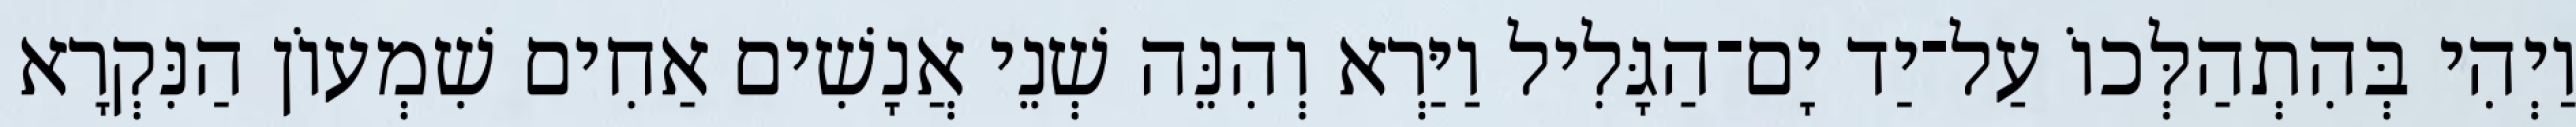
וַיְהִי בְּהִתְהַלְּכוֹ עַל־יַד יָם־הַגָּלִיל וַיַּרְא וְהִנֵּה שְׁנֵי אֲנָשִׁים אַחִים שִׁמְעוֹן הַנִּקְרָא